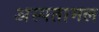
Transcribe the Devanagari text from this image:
अस्पतामल